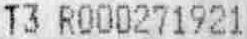
T3 R000271921